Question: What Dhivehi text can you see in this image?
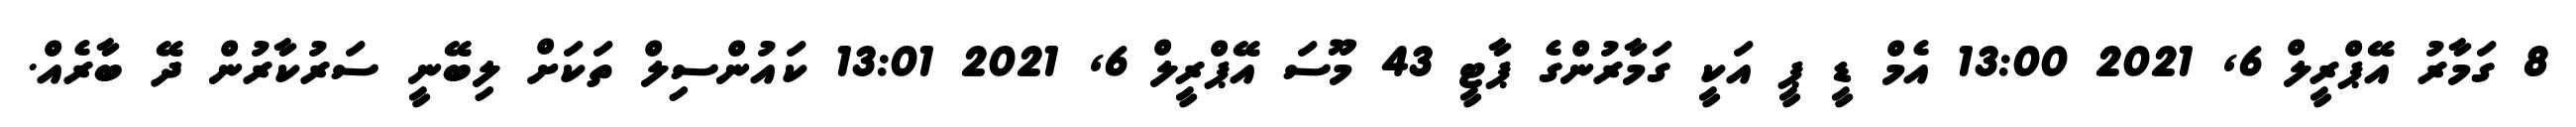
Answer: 8 ގަމާރު އޭޕްރީލް 6, 2021 13:00 އެމް ޑީ ޕީ އަކީ ގަމާރުންގެ ޕާޓީ 43 މޫސަ އޭޕްރީލް 6, 2021 13:01 ކައުންސިލް ތަކަށް ލިބޭނީ ސަރުކާރުން ދޭ ބާރެއް.